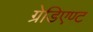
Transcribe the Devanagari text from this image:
ग्रेडिएण्ट